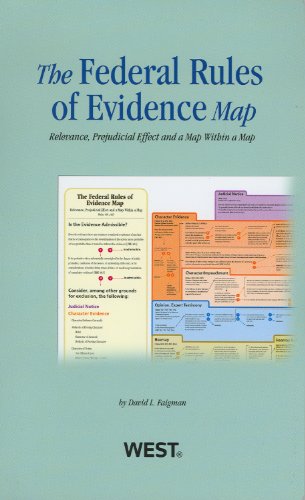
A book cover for Federal Rules of Evidence Map, 2012-2013; David Faigman; Law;